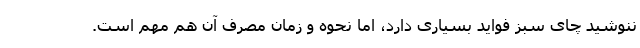
ننوشید چای سبز فواید بسیاری دارد، اما نحوه و زمان مصرف آن هم مهم است.